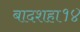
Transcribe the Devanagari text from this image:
बादशहा१४